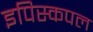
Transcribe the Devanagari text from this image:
इपिस्कपल